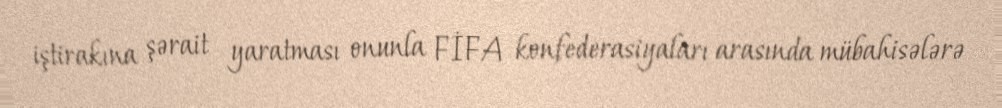
iştirakına şərait yaratması onunla FİFA konfederasiyaları arasında mübahisələrə